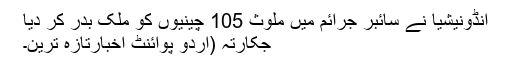
انڈونیشیا نے سائبر جرائم میں ملوث 105 چینیوں کو ملک بدر کر دیا
جکارتہ (اُردو پوائنٹ اخبارتازہ ترین۔